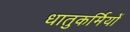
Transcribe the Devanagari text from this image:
धातुकर्मियों